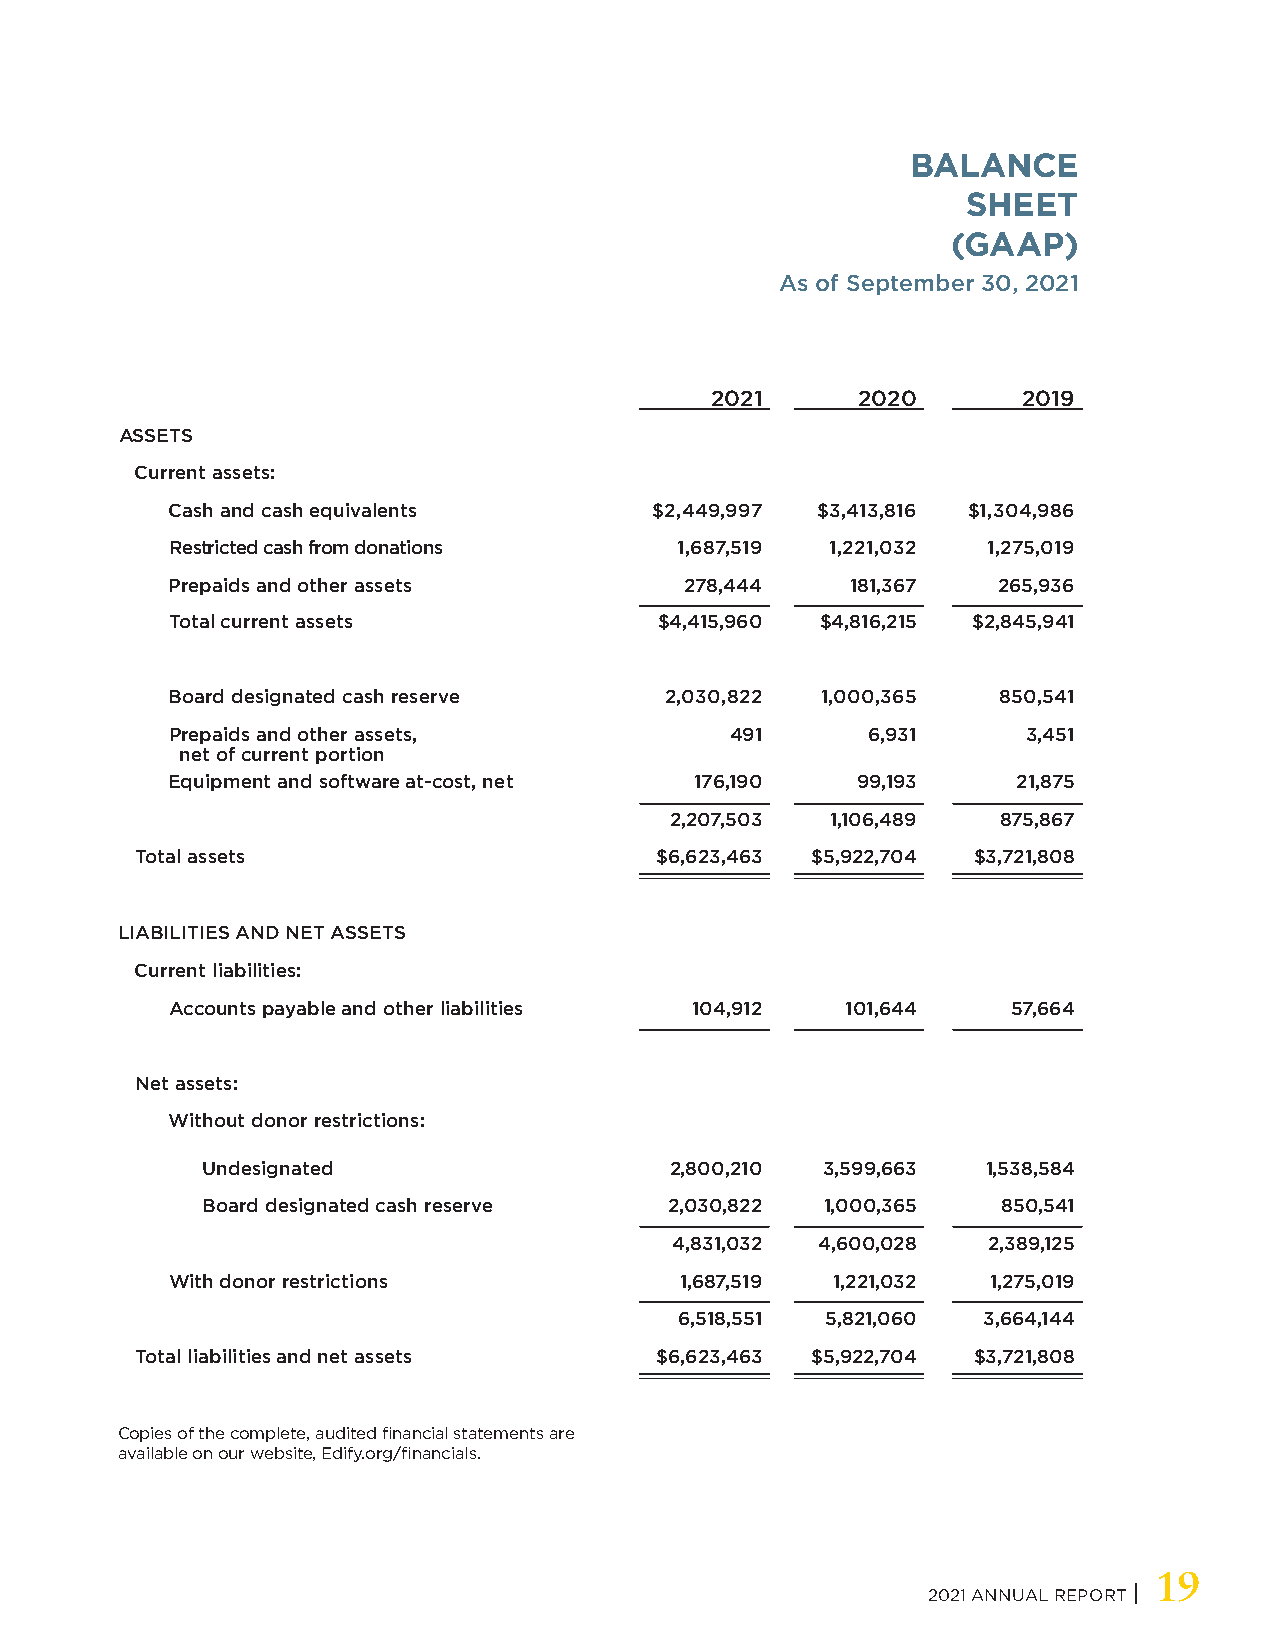
BALANCE
 SHEET
 (GAAP)
 As of September 30, 2021
 2021      2020       2019
 ASSETS
 Current assets:
 Cash and cash equivalents       $2,449,997 $3,413,816 $1,304,986
 Restricted cash from donations    1,687,519 1,221,032 1,275,019
 Prepaids and other assets         278,444    181,367   265,936
 Total current assets             $4,415,960 $4,816,215 $2,845,941
 Board designated cash reserve    2,030,822 1,000,365   850,541
 Prepaids and other assets,           491      6,931      3,451
 net of current portion
 Equipment and software at-cost, net 176,190   99,193    21,875
 2,207,503  1,106,489  875,867
 Total assets                      $6,623,463 $5,922,704 $3,721,808
 LIABILITIES AND NET ASSETS
 Current liabilities:
 Accounts payable and other liabilities 104,912 101,644  57,664
 Net assets:
 Without donor restrictions:
 Undesignated                   2,800,210 3,599,663  1,538,584
 Board designated cash reserve  2,030,822  1,000,365  850,541
 4,831,032 4,600,028 2,389,125
 With donor restrictions           1,687,519 1,221,032  1,275,019
 6,518,551 5,821,060 3,664,144
 Total liabilities and net assets  $6,623,463 $5,922,704 $3,721,808
 Copies of the complete, audited financial statements are
 available on our website, Edify.org/financials.
 19
 2021 ANNUAL REPORT |